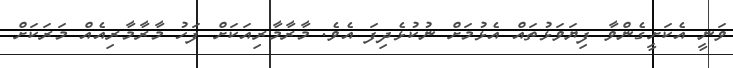
ވަނީ އެކަށީގެންވާ ފިޔަވަޅުތައް އެޅުމަށް ނުކުޅެދިފަ އެވެ. މާރާމާރިއަކަށް ފަހު މާރާމާރިއެއް މަރަކަށް